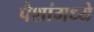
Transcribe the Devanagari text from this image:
पैशांमध्ये